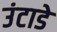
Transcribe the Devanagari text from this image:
उंटाडे